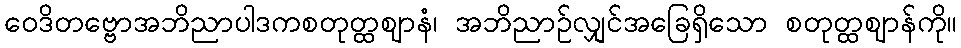
ဝေဒိတဗ္ဗောအဘိညာပါဒကစတုတ္ထဈာနံ၊ အဘိညာဉ်လျှင်အခြေရှိသော စတုတ္ထဈာန်ကို။